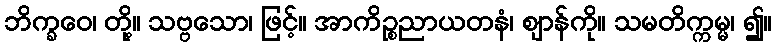
ဘိက္ခဝေ၊ တို့။ သဗ္ဗသော၊ ဖြင့်။ အာကိဉ္စညာယတနံ၊ ဈာန်ကို။ သမတိက္ကမ္မ၊ ၍။